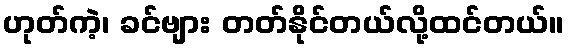
ဟုတ်ကဲ့၊ ခင်ဗျား တတ်နိုင်တယ်လို့ထင်တယ်။